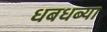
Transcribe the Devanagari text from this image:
धबधब्या